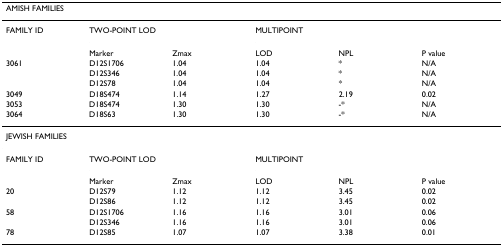
<table><thead><tr><td colspan="6"><b>AMISH FAMILIES</b></td></tr></thead><tbody><tr><td>FAMILY ID</td><td colspan="2">TWO-POINT LOD</td><td colspan="3">MULTIPOINT</td></tr><tr><td></td><td>Marker</td><td>Zmax</td><td>LOD</td><td>NPL</td><td>P value</td></tr><tr><td>3061</td><td>D12S1706</td><td>1.04</td><td>1.04</td><td>*</td><td>N/A</td></tr><tr><td></td><td>D12S346</td><td>1.04</td><td>1.04</td><td>*</td><td>N/A</td></tr><tr><td></td><td>D12S78</td><td>1.04</td><td>1.04</td><td>*</td><td>N/A</td></tr><tr><td>3049</td><td>D18S474</td><td>1.14</td><td>1.27</td><td>2.19</td><td>0.02</td></tr><tr><td>3053</td><td>D18S474</td><td>1.30</td><td>1.30</td><td>-*</td><td>N/A</td></tr><tr><td>3064</td><td>D18S63</td><td>1.30</td><td>1.30</td><td>-*</td><td>N/A</td></tr><tr><td colspan="6">JEWISH FAMILIES</td></tr><tr><td>FAMILY ID</td><td colspan="2">TWO-POINT LOD</td><td colspan="3">MULTIPOINT</td></tr><tr><td></td><td>Marker</td><td>Zmax</td><td>LOD</td><td>NPL</td><td>P value</td></tr><tr><td>20</td><td>D12S79</td><td>1.12</td><td>1.12</td><td>3.45</td><td>0.02</td></tr><tr><td></td><td>D12S86</td><td>1.12</td><td>1.12</td><td>3.45</td><td>0.02</td></tr><tr><td>58</td><td>D12S1706</td><td>1.16</td><td>1.16</td><td>3.01</td><td>0.06</td></tr><tr><td></td><td>D12S346</td><td>1.16</td><td>1.16</td><td>3.01</td><td>0.06</td></tr><tr><td>78</td><td>D12S85</td><td>1.07</td><td>1.07</td><td>3.38</td><td>0.01</td></tr></tbody></table>